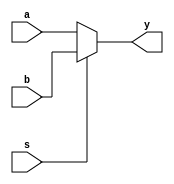
module mux2n(a, b, s, y);
	parameter N = 8;
	input [N-1:0] a, b;
	input s;
	output [N-1:0] y;
	
	assign y = s ? b : a;
endmodule